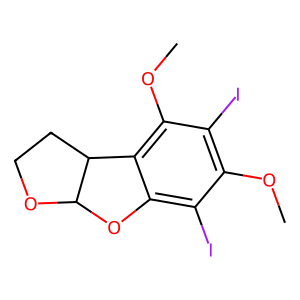
SMILES: COc1c(I)c(OC)c2c(c1I)OC1OCCC21
Inhibits HIV replication: Yes